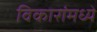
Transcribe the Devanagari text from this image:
विकारांमध्ये